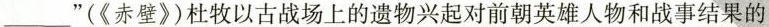
___"《赤壁》)杜牧以古战场上的遗物兴起对前朝英雄人物和战事结果的